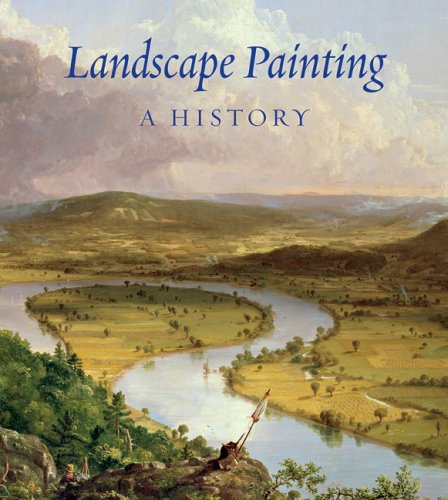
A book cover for Landscape Painting: A History; Nils Buttner; Arts & Photography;